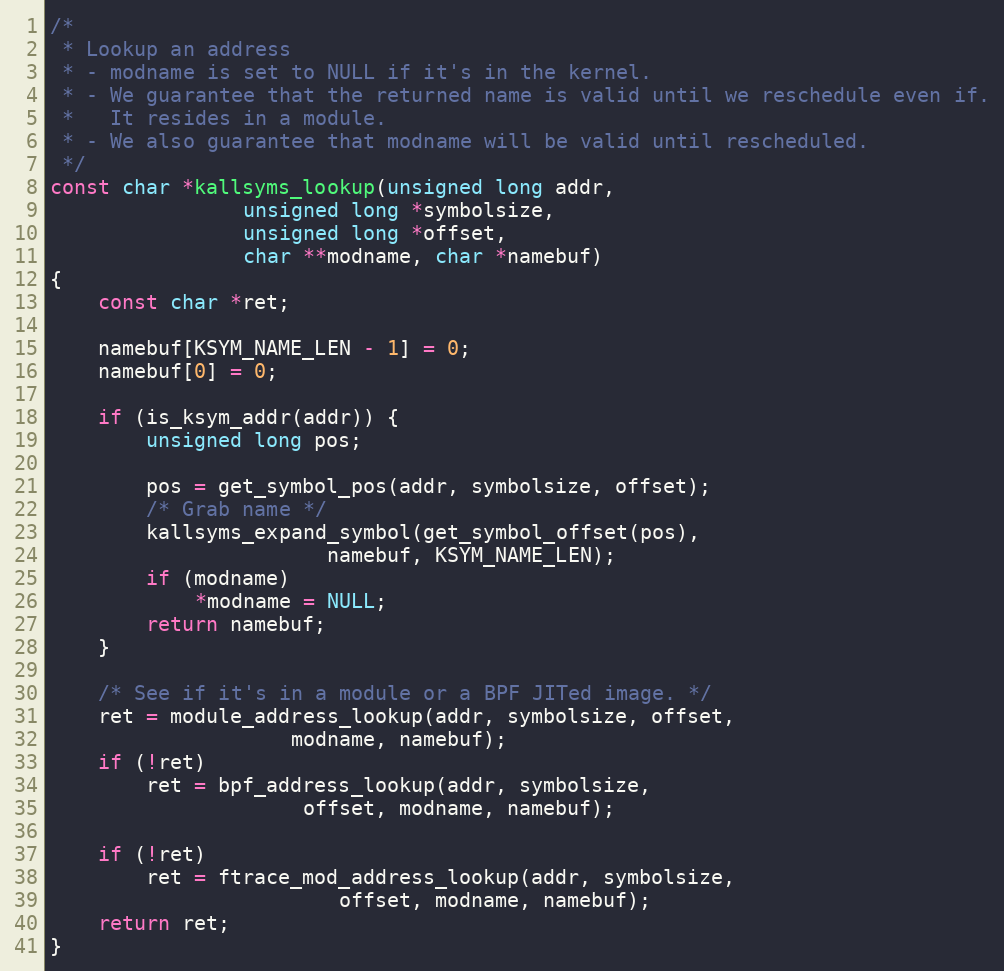
Language: C
/*
 * Lookup an address
 * - modname is set to NULL if it's in the kernel.
 * - We guarantee that the returned name is valid until we reschedule even if.
 *   It resides in a module.
 * - We also guarantee that modname will be valid until rescheduled.
 */
const char *kallsyms_lookup(unsigned long addr,
			    unsigned long *symbolsize,
			    unsigned long *offset,
			    char **modname, char *namebuf)
{
	const char *ret;

	namebuf[KSYM_NAME_LEN - 1] = 0;
	namebuf[0] = 0;

	if (is_ksym_addr(addr)) {
		unsigned long pos;

		pos = get_symbol_pos(addr, symbolsize, offset);
		/* Grab name */
		kallsyms_expand_symbol(get_symbol_offset(pos),
				       namebuf, KSYM_NAME_LEN);
		if (modname)
			*modname = NULL;
		return namebuf;
	}

	/* See if it's in a module or a BPF JITed image. */
	ret = module_address_lookup(addr, symbolsize, offset,
				    modname, namebuf);
	if (!ret)
		ret = bpf_address_lookup(addr, symbolsize,
					 offset, modname, namebuf);

	if (!ret)
		ret = ftrace_mod_address_lookup(addr, symbolsize,
						offset, modname, namebuf);
	return ret;
}